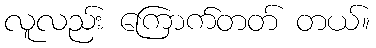
လူလည်း ကြောက်တတ် တယ်။